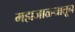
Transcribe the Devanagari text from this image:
महाजाळ्यातून